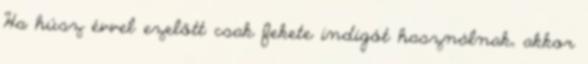
Ha húsz évvel ezelőtt csak fekete indigót használnak, akkor